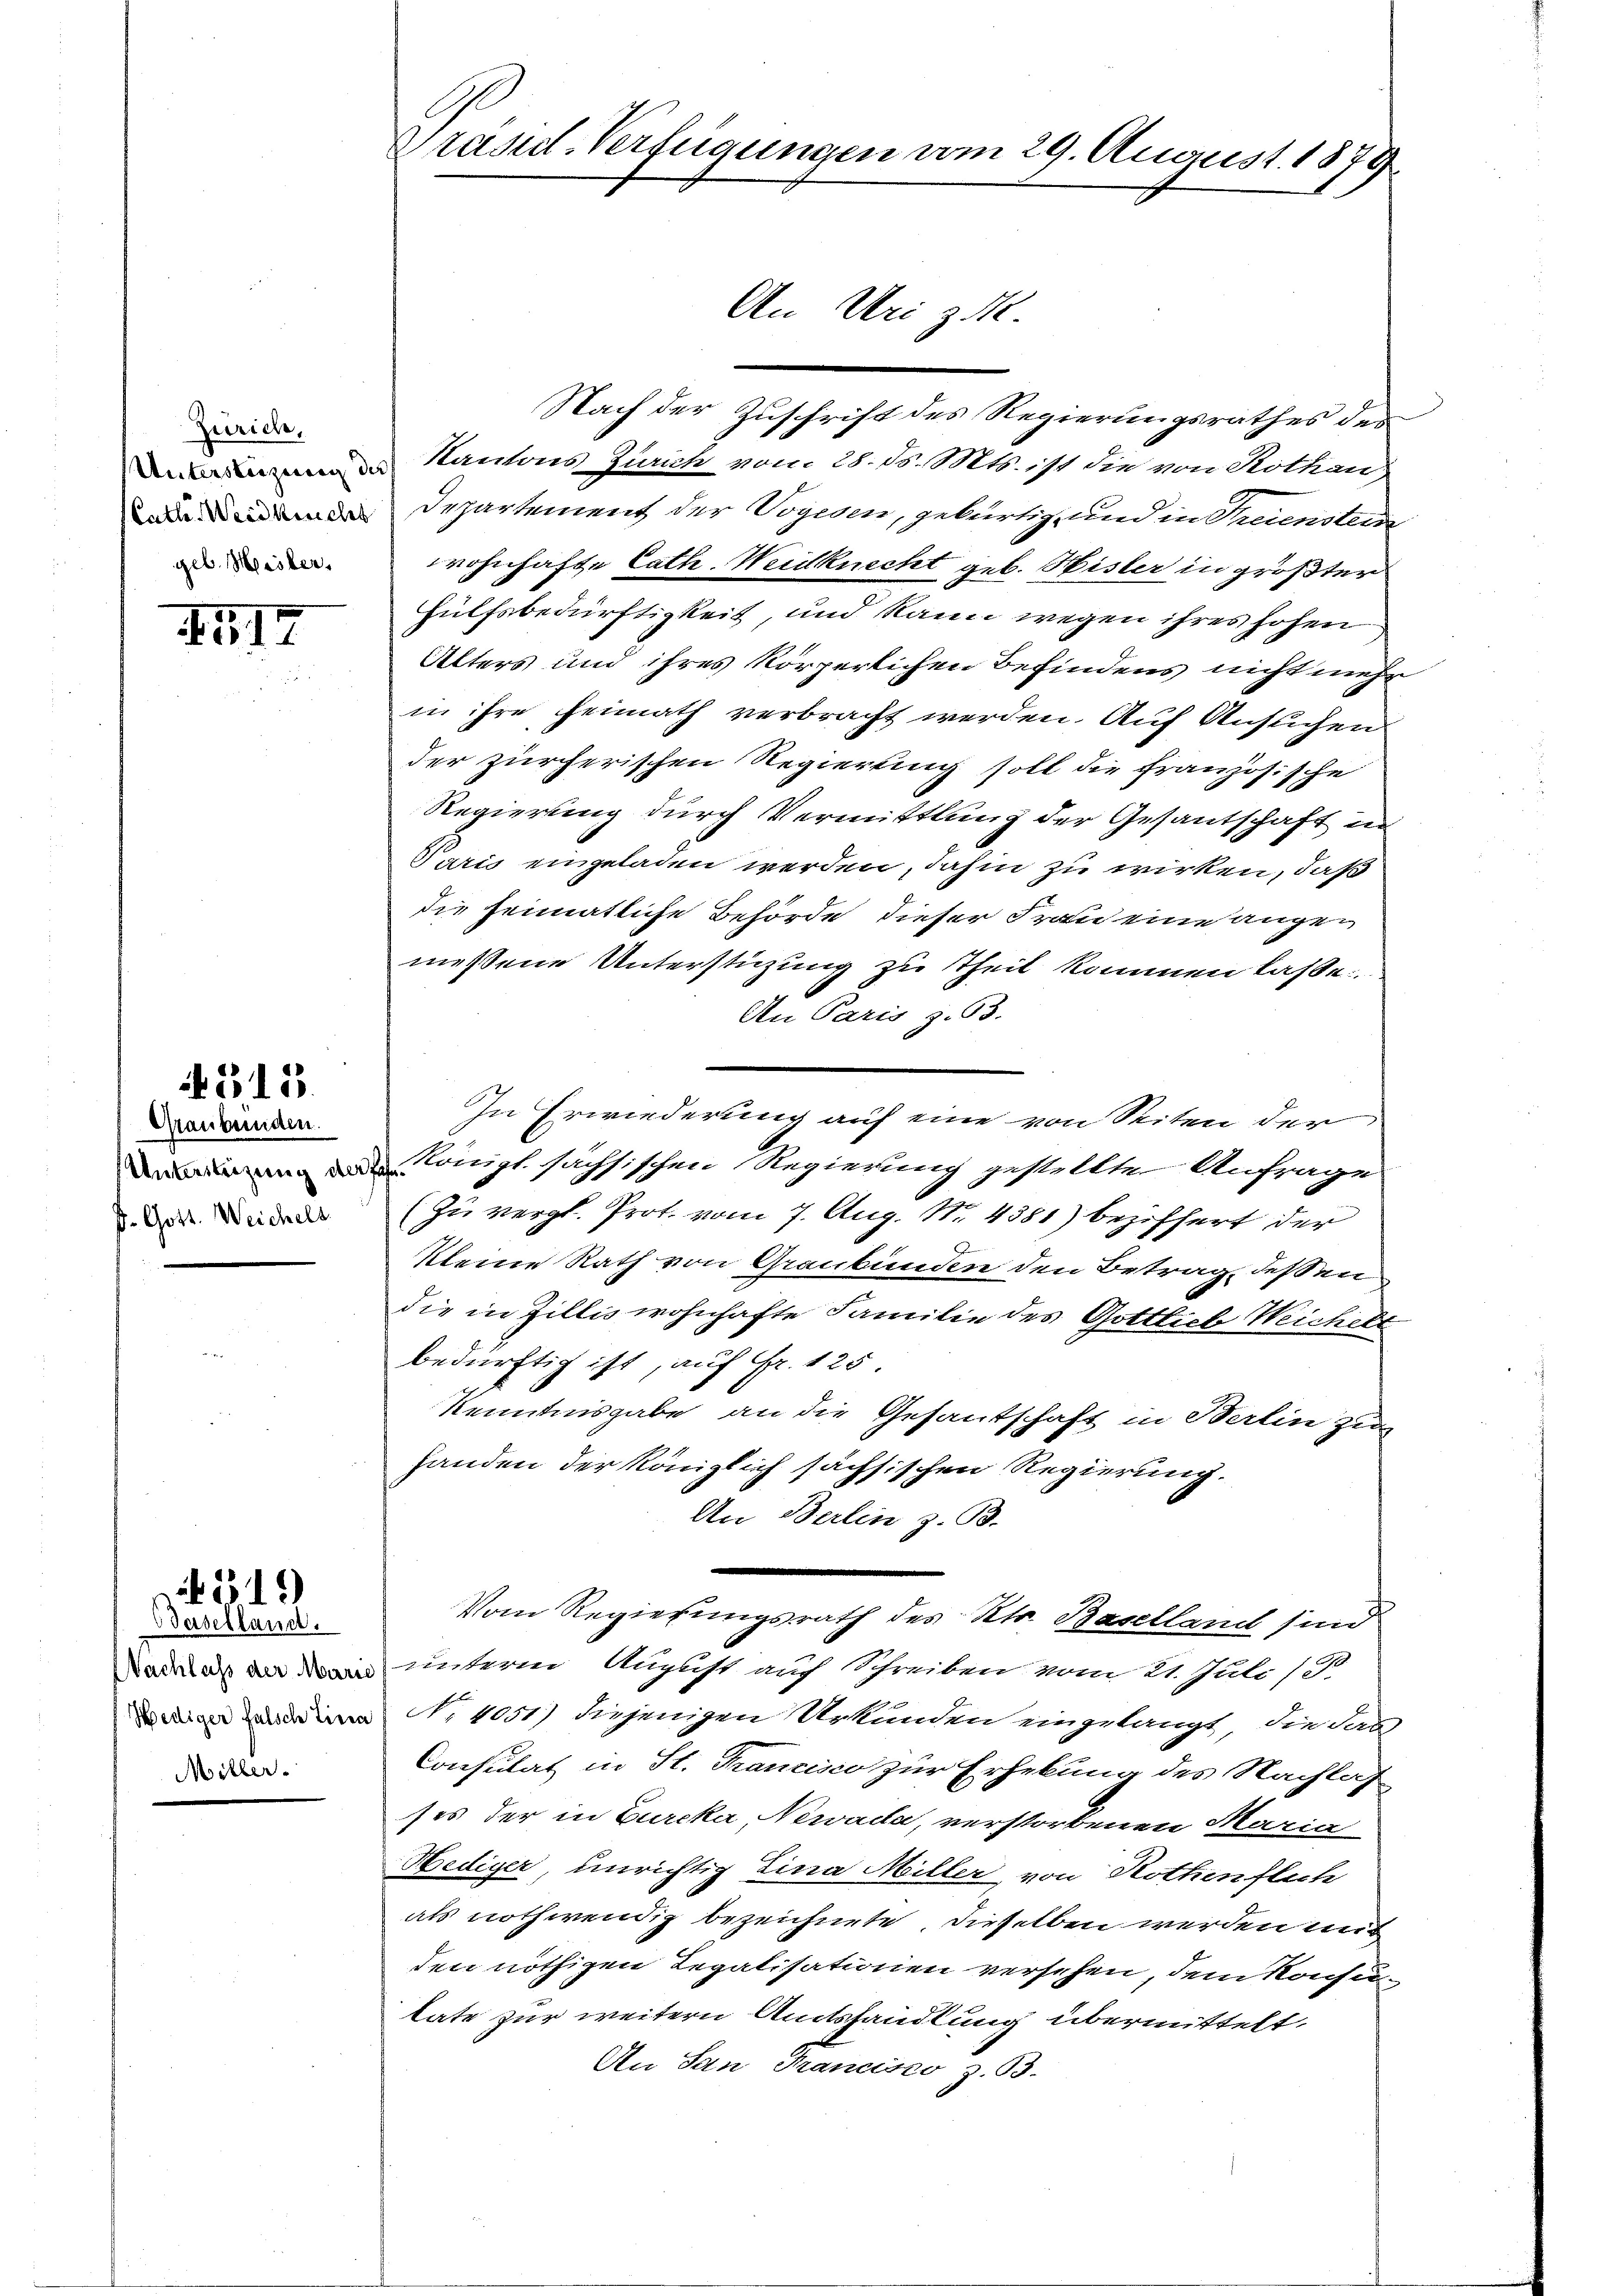
Zürich,
geb. Meister,

1517

4315.

Graubünden.
D. Gott. Weichels

1315)
Baselland.

Miller.

Nach der Zuschrift des Regierungsrathes des
Anzung des Kantons Baute vom 28. d. Mts. ist die von Rothau
de Departement der Vogesen, gebürtig und in Treuenstein
wohnhafte Cath. Weidknecht geb. Hisler in größten
Hülfsbedürftigkeit, und kann wegen ihres hohen
Alters und ihres körperlichen Befindens nicht mehr
in ihre heimath verbracht werden. Auf Ansuchen
der zürcherischen Regierung soll die französische
Regierung durch Vermittlung der Gesantschaft in
Paris eingeladen werden, dahin zu wirken, daß
die heimatliche Behörde dieser Frau eine angemessene Unterstüzung zu Theil kommen lasse.
An Paris z. 53.
In Erwiederung auf eine von Seiten der
auptsächsischen Regierung gestellte Anfrage
(Zu vergl. Prot. vom 7. Aug. No. 4381) beziffert der
Kleine Rath von Graubünden den Betrag dessen
die in Zillis wohnhafte Familie des Gottlich Weichelt
bedürftig ist, auf Fr. 125.
Kenntnisgabe an die Gesantschaft in Berlin zu
Handen der Königlich sächsischen Regierung.
An Berlin z. B.
Vom Regierungsrath des Kts. Baselland sind
addas an den unterm August auch Schreiben vom 21. Juli 1
ge eine No 4051) diejenigen Urkunden eingelangt, die dan
Consulat in St. Francisco zur Erhebung des Nachlaf
ses der in Burcka, Newada, verstorbenen Maria
Hediger, unrichtig Lina Miller, von Rothenflich
als nothwendig bezeichnete, dieselben werden mit
den nöthigen Legatisationen versehen, dem Konsulate zur weitern Amtshandlung übermittelt.
An San Francisco z. B.

Grand-Verfügungen vom 29. August 1879.

An Uri z.